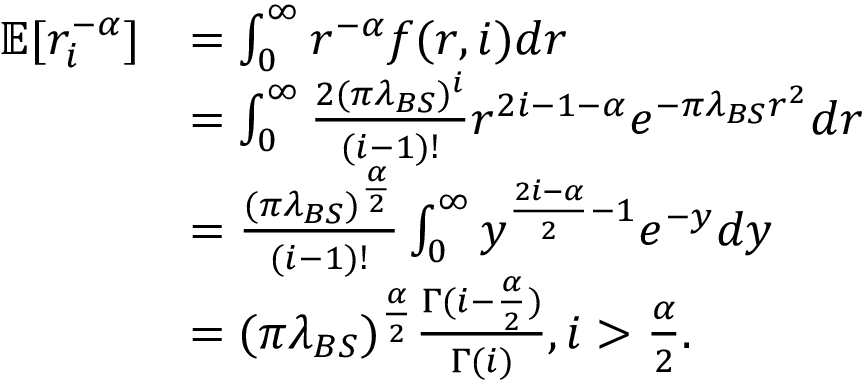
\begin{array} { r l } { \mathbb { E } [ r _ { i } ^ { - \alpha } ] } & { = \int _ { 0 } ^ { \infty } r ^ { - \alpha } f ( r , i ) d r } \\ & { = \int _ { 0 } ^ { \infty } \frac { 2 ( \pi \lambda _ { B S } ) ^ { i } } { ( i - 1 ) ! } r ^ { 2 i - 1 - \alpha } e ^ { - \pi \lambda _ { B S } r ^ { 2 } } d r } \\ & { \stackrel { } { = } \frac { ( \pi \lambda _ { B S } ) ^ { \frac { \alpha } { 2 } } } { ( i - 1 ) ! } \int _ { 0 } ^ { \infty } y ^ { \frac { 2 i - \alpha } { 2 } - 1 } e ^ { - y } d y } \\ & { = ( \pi \lambda _ { B S } ) ^ { \frac { \alpha } { 2 } } \frac { \Gamma ( i - \frac { \alpha } { 2 } ) } { \Gamma ( i ) } , i > \frac { \alpha } { 2 } . } \end{array}